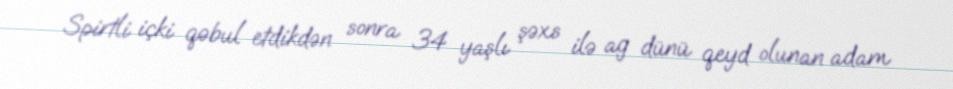
Spirtli içki qəbul etdikdən sonra 34 yaşlı şəxs ilə ag dünü qeyd olunan adam